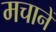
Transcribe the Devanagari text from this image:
मचानें